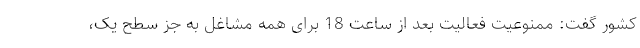
کشور گفت: ممنوعیت فعالیت بعد از ساعت 18 برای همه مشاغل به جز سطح یک،